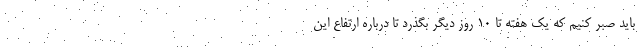
باید صبر کنیم که یک هفته تا ۱۰ روز دیگر بگذرد تا درباره ارتفاع این